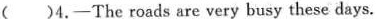
( )4.—The roads are very busy these days.